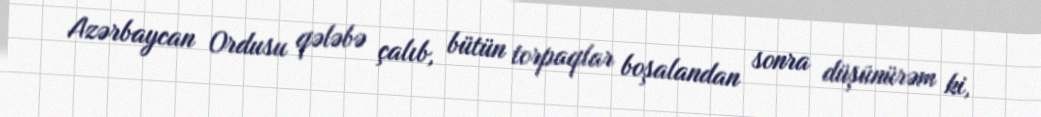
Azərbaycan Ordusu qələbə çalıb, bütün torpaqlar boşalandan sonra düşünürəm ki,